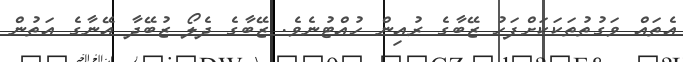
އެތައް ވަގުތުތަކަކަށްފަހު ޒޭބާގެ ރުއިން ހުއްޓުނެވެ. ޒޭބާގެ ދެލޯ ޒުބޭދާ އޭނާގެ އަތުން